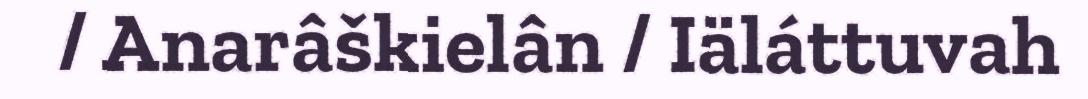
/ Anarâškielân / Iäláttuvah